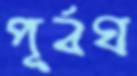
পূর্বঘ